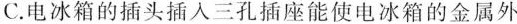
C.电冰箱的插头插入三孔插座能使电冰箱的金属外